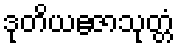
ဒုတိယဧဇာသုတ္တံ